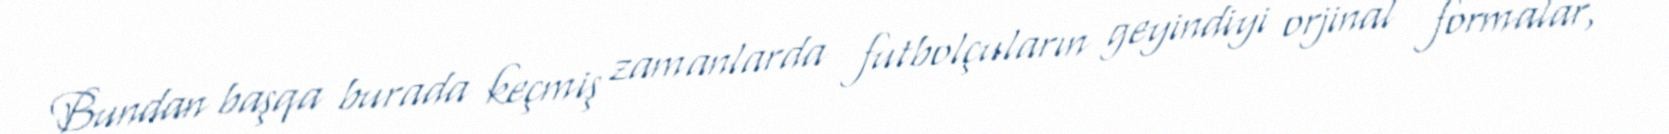
Bundan başqa burada keçmiş zamanlarda futbolçuların geyindiyi orjinal formalar,